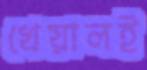
খেয়ালই